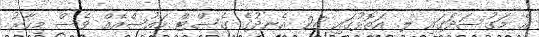
އެ މަގުސަދަގައި ލ. އަތޮޅުގައި 28 އެނދުގެ ގެސްޓް ހައުސްއެއް ވެސް މިހާރު